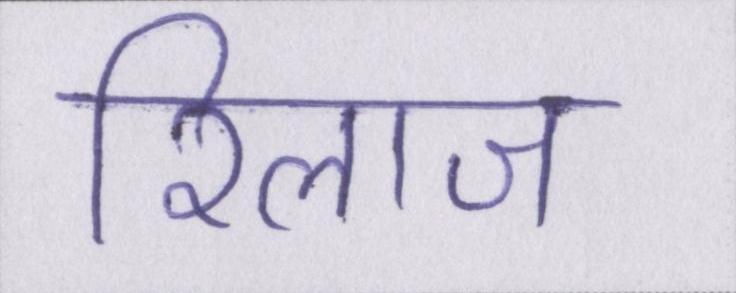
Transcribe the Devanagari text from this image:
रिलाज